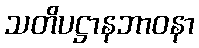
သတိပဋ္ဌာနဘာဝနာ